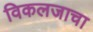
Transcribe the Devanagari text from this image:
विकलजाचा